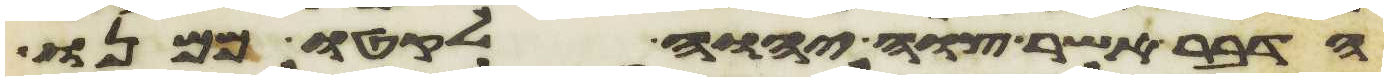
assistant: הדבר אשר צוה יהוה לקטו ממנו